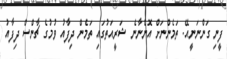
ފީނި ގަންނަނީއޭ. ތަމެންނަށް އޮންނާނެ ޝަރީއަތުގައި ތަމެން ދިފާއު ވުމުގެ ޗާންސް ދިފާއު